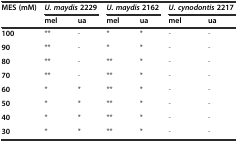
| MES (mM) | <COLSPAN=2> U. maydis2229 | <COLSPAN=2> U. maydis2162 | <COLSPAN=2> U. cynodontis2217 |
 |  | mel | ua | mel | ua | mel | ua |
 | --- | --- | --- | --- | --- | --- | --- |
 | 100 | ** | - | * | * | - | - |
 | 90 | ** | - | * | * | - | - |
 | 80 | ** | - | ** | * | - | - |
 | 70 | ** | - | ** | * | - | - |
 | 60 | * | * | ** | * | - | - |
 | 50 | * | * | ** | * | - | - |
 | 40 | * | * | ** | * | - | - |
 | 30 | * | * | ** | * | - | - |